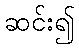
ဆင်း၍